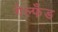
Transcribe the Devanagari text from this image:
गेल्फँड